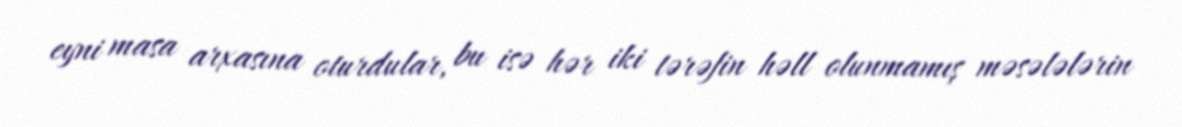
eyni masa arxasına oturdular, bu isə hər iki tərəfin həll olunmamış məsələlərin